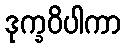
ဒုက္ခဝိပါကာ